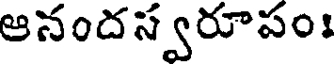
ఆనందస్వరూపం।